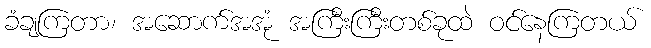
ခံချကြတာ၊ အဆောက်အအုံ အကြီးကြီးတစ်ခုထဲ ဝင်နေကြတယ်